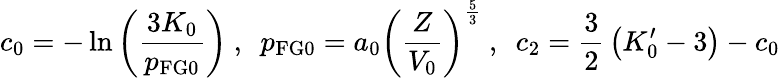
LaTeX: c_{0}=-\ln\left({\frac{3K_{0}}{p_{\mathrm{FG0}}}}\right)~,~~p_{\mathrm{FG0}}=a_{0}\left({\frac{Z}{V_{0}}}\right)^{\frac{5}{3}}~,~~c_{2}={\frac{3}{2}}\left(K_{0}^{\prime}-3\right)-c_{0}